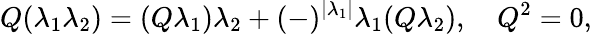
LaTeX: Q(\lambda_{1}\lambda_{2})=(Q\lambda_{1})\lambda_{2}+(-)^{|\lambda_{1}|}\lambda_{1}(Q\lambda_{2}),\quad Q^{2}=0,